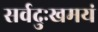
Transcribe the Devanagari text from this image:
सर्वदुःखमयं